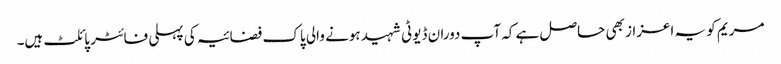
مریم کو یہ اعزاز بھی حاصل ہے کہ آپ دوران ڈیوٹی شہید ہونے والی پاک فضائیہ کی پہلی فائٹر پائلٹ ہیں۔